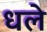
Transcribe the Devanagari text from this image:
धले